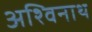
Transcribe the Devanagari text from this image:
अश्विनाथ